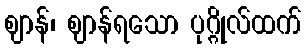
ဈာန်၊ ဈာန်ရသော ပုဂ္ဂိုလ်ထက်